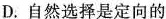
D.自然选择是定向的